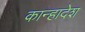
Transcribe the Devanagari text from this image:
कान्हादेश